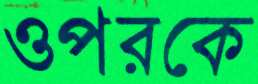
ওপরকে